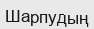
Шарпудың